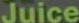
Juice